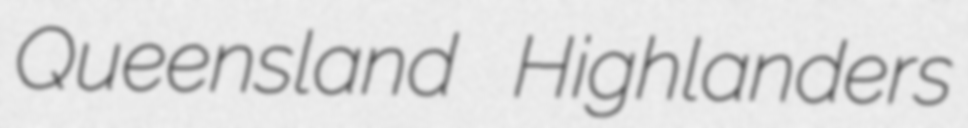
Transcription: Queensland Highlanders